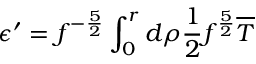
\epsilon ^ { \prime } = f ^ { - \frac { 5 } { 2 } } \int _ { 0 } ^ { r } d \rho \frac { 1 } { 2 } f ^ { \frac { 5 } { 2 } } \overline { { { T } } }